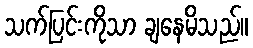
သက်ပြင်းကိုသာ ချနေမိသည်။